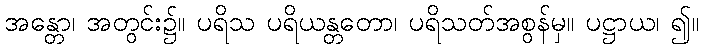
အန္တော၊ အတွင်း၌။ ပရိသ ပရိယန္တတော၊ ပရိသတ်အစွန်မှ။ ပဋ္ဌာယ၊ ၍။